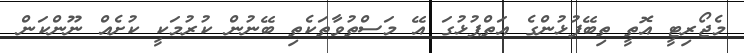
މެޖޯރިޓީ އޮތީ ތިބޭފުޅުންގެ އަތްޕުޅުގަ އޭ މަސްތުވާތަކެތި ބޭނުން ކުރުމަކީ ކުށެއް ނޫންކަން